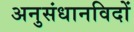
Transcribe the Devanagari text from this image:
अनुसंधानविदों